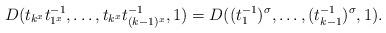
LaTeX: \begin{align*}D(t_{k^x}t_{1^x}^{-1},\dots,t_{k^x}t_{(k-1)^x}^{-1},1)=D((t_1^{-1})^\sigma,\dots,(t_{k-1}^{-1})^\sigma,1).\end{align*}